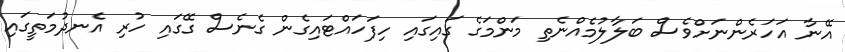
އޭނާ އަހަރެންނަށްވެސް ބަލާލުމެއްނެތި މަންމަގެ ގައިގައި ހިފަހައްޓައިގެން ގެނެސް ގޭގައި ހުރި އެނދުމަތީގައި